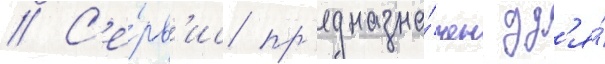
// С'е́рв'ис пр'едназна́чен дл'я́